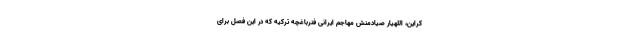
کراین، اللهیار صیادمنش مهاجم ایرانی فنرباغچه ترکیه که در این فصل برای